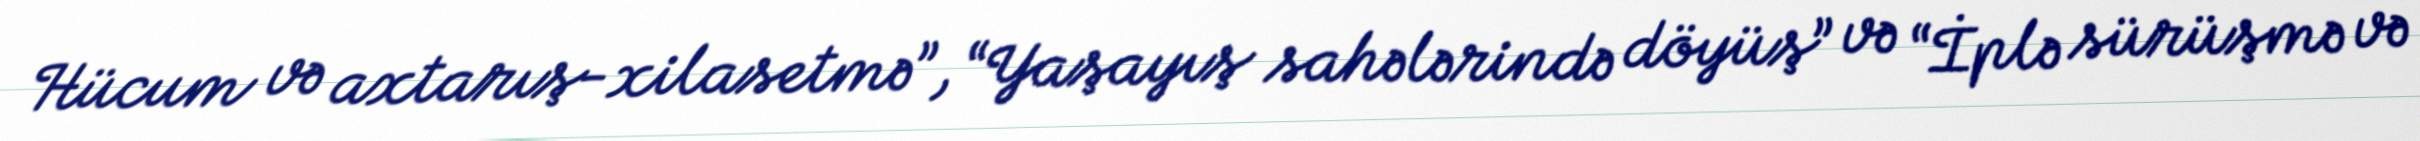
Hücum və axtarış-xilasetmə”, “Yaşayış sahələrində döyüş” və “İplə sürüşmə və